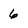
Character: 6